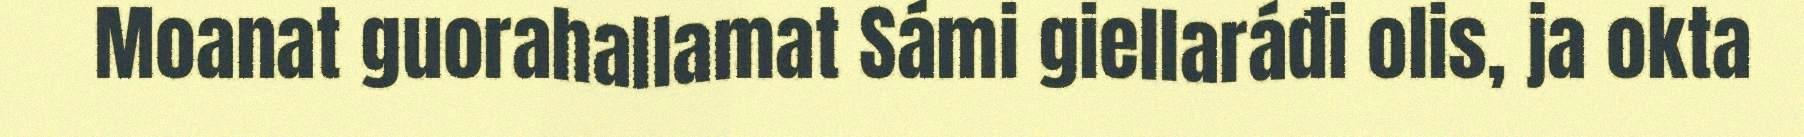
Moanat guorahallamat Sámi giellaráđi olis, ja okta